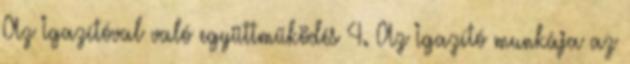
Az Igazítóval való együttműködés 4. Az Igazító munkája az